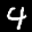
Label: 4